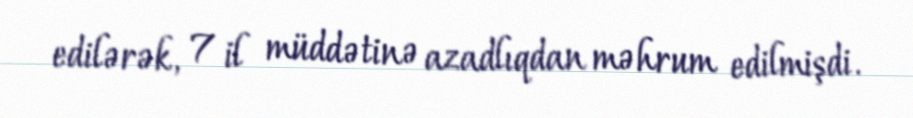
edilərək, 7 il müddətinə azadlıqdan məhrum edilmişdi.